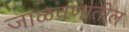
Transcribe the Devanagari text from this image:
जाळवणातील